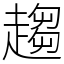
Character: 趨